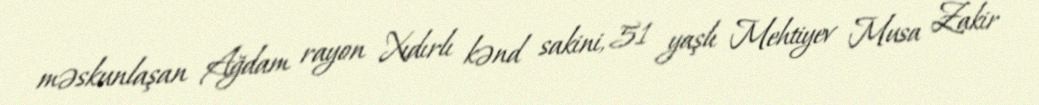
məskunlaşan Ağdam rayon Xıdırlı kənd sakini, 51 yaşlı Mehtiyev Musa Zakir